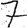
Digit: 7